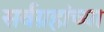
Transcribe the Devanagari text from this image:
सर्वग्रहांच्या